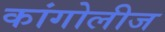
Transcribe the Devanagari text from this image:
कांगोलीज